Distribution and causation of leprosy in British India
Year: 1875
Disease focus: Leprosy
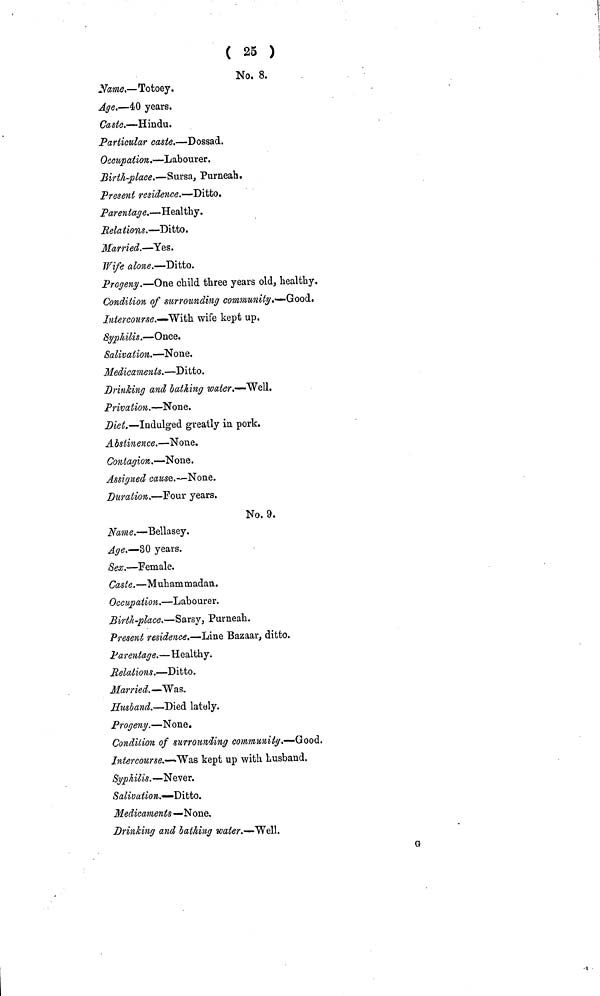
( 25 )
No. 8.
Name.—Totoey.
Age.—40 years.
Caste.—Hindu.
Particular caste.—Dossad.
Occupation,.—Labourer.
Birth-place.—Sursa, Purneah.
Present residence.—Ditto.
Parentage.—Healthy.
Relations.—Ditto.
Married.—Yes.
Wife alone.—Ditto.
Progeny.-—One child three years old, healthy,
Condition of surrounding community,—Good.
Intercourse.—With. wife kept up,
Syphilis.—Once.
Salivation.—None.
Medicaments.—Ditto.
Drinking and bathing water.—Well.
Privation.—None.
Diet.—Indulged greatly in pork.
A bstinence.—None.
Contagion.—None.
Assigned cause.—None.
Duration.—Four years.
No. 9.
Name.—Bellasey.
Age.-—30 years.
Sex.—Female,
Caste.—Muhammadan.
Occupation.—Labourer.
Birth-place.—Sarsy, Purneah.
Present residence.—Line Bazaar, ditto.
Parentage.—Healthy.
Relations.—Ditto.
Married. —Was.
Husband.—Died lately.
Progeny.—None.
Condition of surrounding community.—Good.
Intercourse.—Was kept up with husband.
Syphilis.—Never.
Salivation.—Ditto.
Medicaments—None,
Drinking and bathing water.—Well.
G